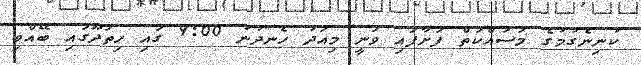
ކުނިނެގުމުގެ މަސައްކަތް ފަށާފައި ވަނީ މިއަދު ހެނދުނު 9:00 ގައި ހިތަދޫގައި ބޭއްވި